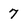
Character: 7